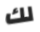
لك